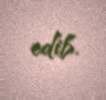
edib.